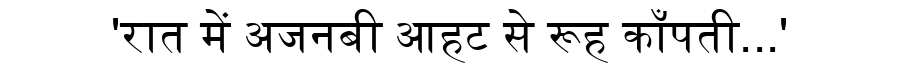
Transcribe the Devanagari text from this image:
'रात में अजनबी आहट से रूह काँपती...'